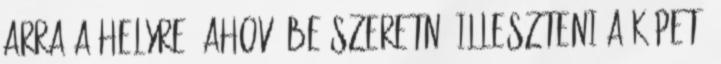
arra a helyre, ahová be szeretné illeszteni a képet,